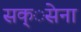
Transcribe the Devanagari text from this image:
सक्ेसना